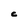
Character: C